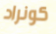
كونراد